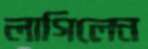
লাগিলেন